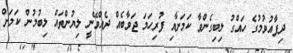
ދިފާއުވުމުގެ ހައްގު ލިބިގެންވާ ކަމަށާއި ފުރިހަމަ ޖަވާބެއް ދެއްވޭނީ ލިޔުންތައް ލިބުމުން ކަމަށް